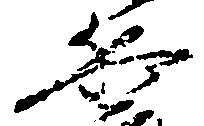
兵